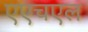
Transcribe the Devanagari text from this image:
एएचएल